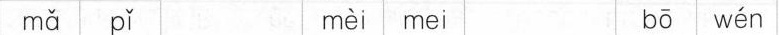
mǎ pǐ mèi mei bō wén